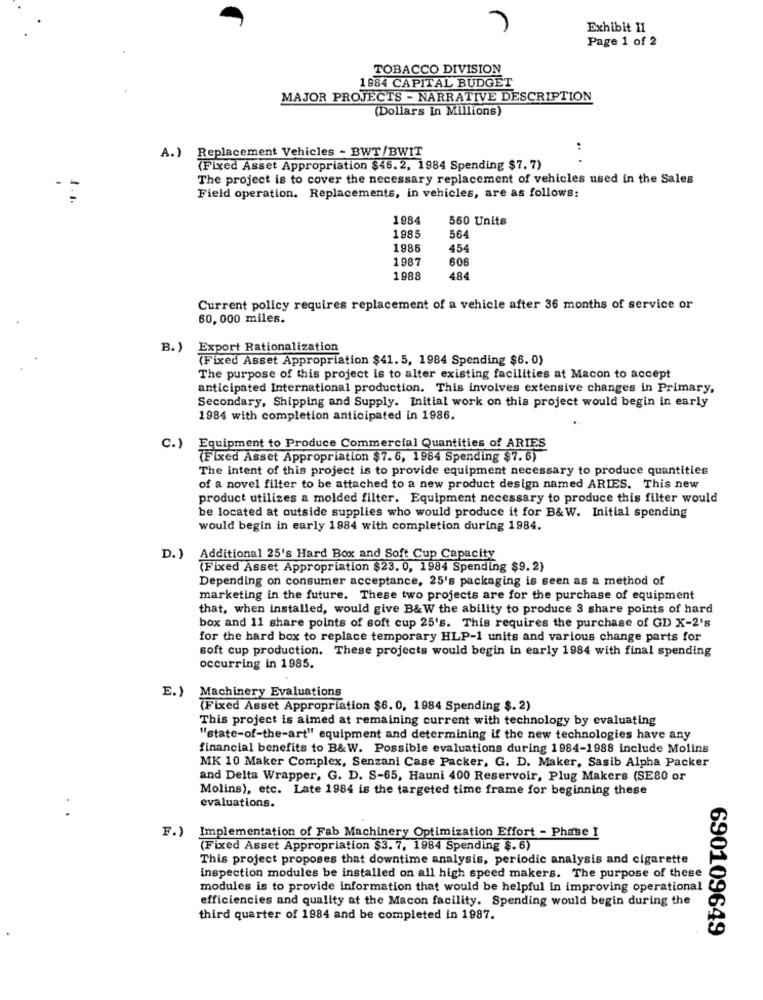
Exhibit II
Page 1 of 2
TOBACCO DIVISION
1984 CAPITAL BUDGET
MAJOR PROJECTS - NARRATIVE DESCRIPTION
(Dollars in Millions)
Replacement Vehicles - BWT/BWIT
:
A.)
(Fixed Asset Appropriation $46. 2, 1984 Spending $7. 7)
The project is to cover the necessary replacement of vehicles used in the Sales
Field operation. Replacements, in vehicles, are as follows:
1984
560 Units
1985
564
1986
454
1987
606
1988
484
Current policy requires replacement of a vehicle after 36 months of service or
60, 000 miles.
B.)
Export Rationalization
(Fixed Asset Appropriation $41. 5, 1984 Spending $6. 0)
The purpose of this project is to alter existing facilities at Macon to accept
anticipated International production. This involves extensive changes in Primary,
Secondary, Shipping and Supply. Initial work on this project would begin in early
1984 with completion anticipated in 1986.
C.)
Equipment to Produce Commercial Quantities of ARIES
(Fixed Asset Appropriation $7. 6, 1964 Spending $7. 6)
The intent of this project is to provide equipment necessary to produce quantities
of a novel filter to be attached to a new product design named ARIES. This new
product utilizes a molded filter. Equipment necessary to produce this filter would
be located at outside supplies who would produce it for B&W. Initial spending
would begin in early 1984 with completion during 1984.
D. )
Additional 25's Hard Box and Soft Cup Capacity
(Fixed Asset Appropriation $23. 0, 1984 Spending $9. 2)
Depending on consumer acceptance, 25's packaging is seen as a method of
marketing in the future. These two projects are for the purchase of equipment
that, when installed, would give B& W the ability to produce 3 share points of hard
box and 11 share points of soft cup 25's. This requires the purchase of GD X-2's
for the hard box to replace temporary HLP-1 units and various change parts for
soft cup production. These projects would begin in early 1984 with final spending
occurring in 1985.
E.) Machinery Evaluations
(Fixed Asset Appropriation $6. 0, 1984 Spending $. 2)
This project is aimed at remaining current with technology by evaluating
"'state-of-the-art" equipment and determining if the new technologies have any
financial benefits to B&W. Possible evaluations during 1984-1988 include Molins
MK 10 Maker Complex, Senzani Case Packer, G. D. Maker, Sasib Alpha Packer
and Delta Wrapper, G. D. S-65, Hauni 400 Reservoir, Plug Makers (SE80 or
Molins), etc. Late 1984 is the targeted time frame for beginning these
evaluations.
F.) Implementation of Fab Machinery Optimization Effort - Phase I
(Fixed Asset Appropriation $3. 7, 1984 Spending $. 6)
This project proposes that downtime analysis, periodic analysis and cigarette
inspection modules be installed on all high speed makers. The purpose of these
modules is to provide information that would be helpful in improving operational
efficiencies and quality at the Macon facility. Spending would begin during the
third quarter of 1984 and be completed in 1987.
690109649